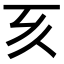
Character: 𠀔